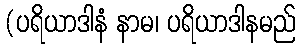
(ပရိယာဒါနံ နာမ၊ ပရိယာဒါနမည်